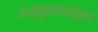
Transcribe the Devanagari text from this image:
उपायुक्तपदावर